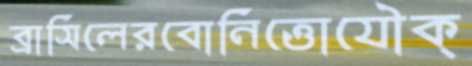
ব্রাসিলেরবোনিত্তোযৌক্